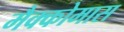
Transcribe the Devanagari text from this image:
मैक्कोमास